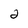
Character: 2